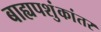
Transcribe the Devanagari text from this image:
बाह्यपशुंकांतर